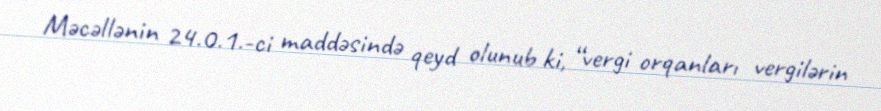
Məcəllənin 24.0.1.-ci maddəsində qeyd olunub ki, “vergi orqanları vergilərin